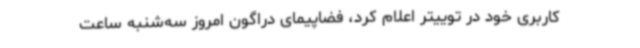
کاربری خود در توییتر اعلام کرد، فضاپیمای دراگون امروز سه‌شنبه ساعت